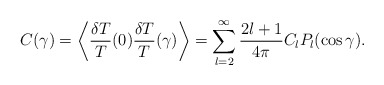
\begin{align*}C(\gamma) =\left\langle \frac{\delta T}{T}(0)\frac{\delta T}{T}(\gamma)\right\rangle =\sum_{l=2}^{\infty} \frac{2l+1}{4\pi} C_{l} P_{l}(\cos \gamma).\end{align*}